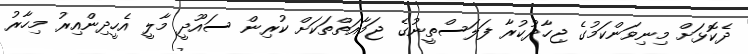
ދެކޮޅަށް މިނިވަންކަމުގެ ޖިހާދުކުރާ ފަލަސްތީނުގެ ޖަމާއަތްތަކަށް ކުރިން ސައޫދީ މާލީ އެހީދިންއިރު މިހާރު